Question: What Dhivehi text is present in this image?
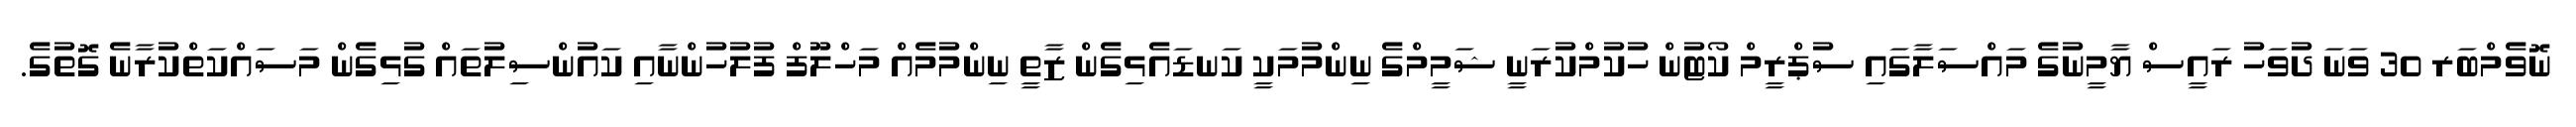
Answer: ނޮވެމްބަރ 30 ވަނަ ދުވަހު ރައީސް ޔާމީނުގެ މައްސަލާގައި ސުޕްރީމް ކޯޓުން ހުކުމްކުރަނީ ޝަމީމްގެ ނިންމުމަކީ ކަނޑައެޅިގެން ޒާތީ ނިންމުމެއް މަހްލޫފް ފުލުހުންނާއި ކައުންސިލުތައް ގުޅިގެން މަސައްކަތްކުރާނެ ގޮތުގެ.